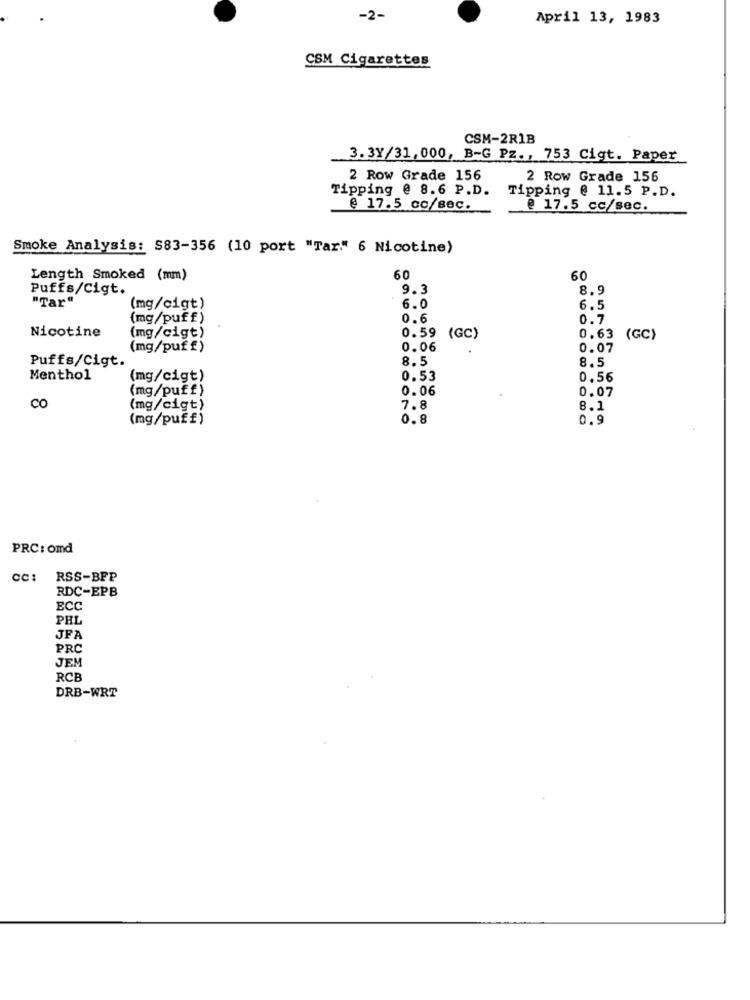
-2-
April 13, 1983
CSM Cigarettes
CSM-2R1B
3.3Y/31,000, B-G Pz ., 753 Cigt. Paper
2 Row Grade 156
2 Row Grade 156
Tipping @ 8.6 P.D.
Tipping @ 11.5 P.D.
@ 17.5 cc/sec.
@ 17.5 cc/sec.
Smoke Analysis: S83-356 (10 port "Tar." 6 Nicotine)
Length Smoked (mm)
60
60
Puffs/Cigt.
9.3
8.9
"Tar"
(mg/cigt)
6.0
6.5
(mg/puff)
0.6
0.7
Nicotine
(mg/cigt)
0.59
(GC)
0.63
(GC)
(mg/puff)
0.06
0.07
8.5
8.5
Puffs/Cigt.
Menthol
(mg/cigt)
0.53
0,56
(mg/puff)
0.06
0.07
co
(mg/cigt)
7.8
8.1
(mg/puff)
0.8
0.9
PRC: omd
cc: RSS-BFP
RDC-EPB
ECC
PHL
JFA
PRO
JEM
RCB
DRB-WRT